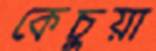
কেচুয়া